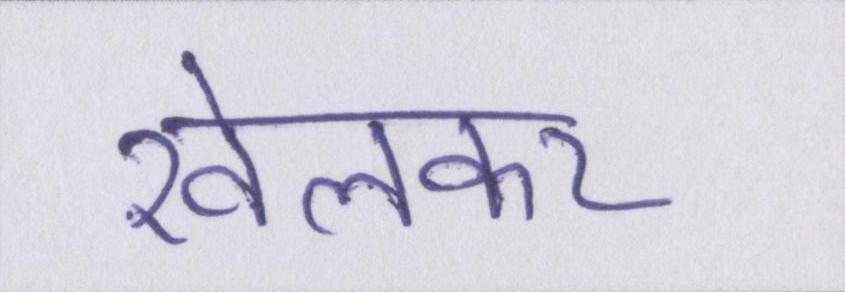
खेलकर